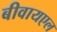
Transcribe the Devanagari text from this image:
बीवायएल